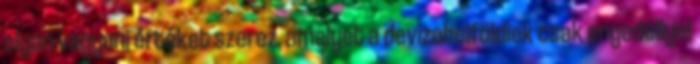
olyan vagyoni értéket szerez, amelyet a devizabelföldiek csak engedéllyel